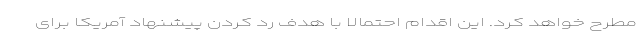
مطرح خواهد کرد. این اقدام احتمالا با هدف رد کردن پیشنهاد آمریکا برای